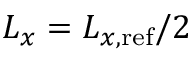
L _ { x } = L _ { x , \mathrm { r e f } } / 2